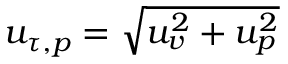
u _ { \tau , p } = \sqrt { u _ { v } ^ { 2 } + u _ { p } ^ { 2 } }